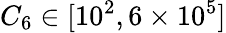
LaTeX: C_{6}\in[10^{2},6\times 10^{5}]